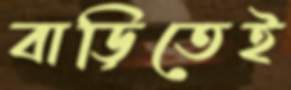
বাড়িতেই